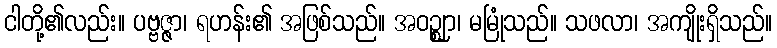
ငါတို့၏လည်း။ ပဗ္ဗဇ္ဇာ၊ ရဟန်း၏ အဖြစ်သည်။ အဝဉ္ဈာ၊ မမြုံသည်။ သဖလာ၊ အကျိုးရှိသည်။